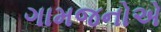
ગામજનોએ